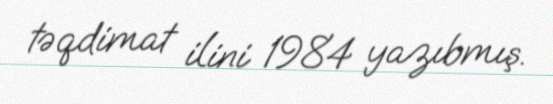
təqdimat ilini 1984 yazıbmış.